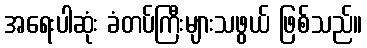
အရေးပါဆုံး ခံတပ်ကြီးများသဖွယ် ဖြစ်သည်။